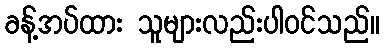
ခန့်အပ်ထား သူများလည်းပါဝင်သည်။